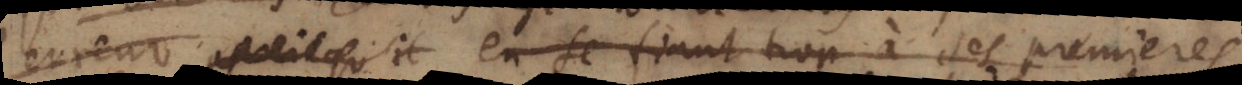
l’erreur puisqu’il en se fiant trop à ses premiers